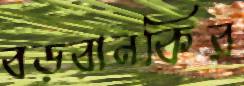
বড়বানকির